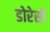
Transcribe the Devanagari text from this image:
डोरेसी